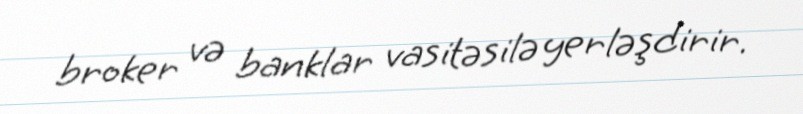
broker və banklar vasitəsilə yerləşdirir.